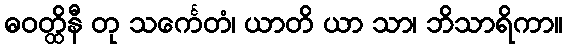
ဓဝတ္ထိနီ တု သင်္ကေတံ၊ ယာတိ ယာ သာ၊ ဘိသာရိကာ။